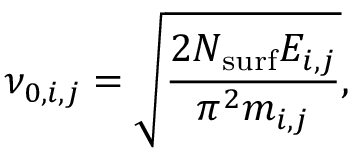
\nu _ { 0 , i , j } = \sqrt { \frac { 2 N _ { \mathrm { s u r f } } E _ { i , j } } { \pi ^ { 2 } m _ { i , j } } } ,